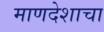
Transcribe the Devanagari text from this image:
माणदेशाचा